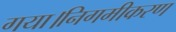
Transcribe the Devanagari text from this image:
गया।निगमीकरण